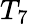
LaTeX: T_{7}